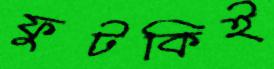
ফুটকিই